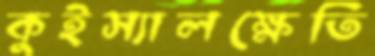
কুইস্যালক্ষেতি